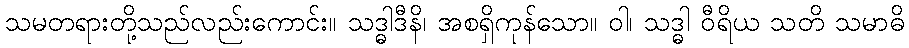
သမတရားတို့သည်လည်းကောင်း။ သဒ္ဓါဒီနိ၊ အစရှိကုန်သော။ ဝါ၊ သဒ္ဓါ ဝီရိယ သတိ သမာဓိ